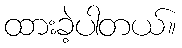
ထားခဲ့ပါတယ်။